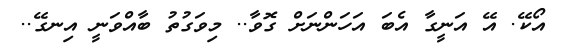
އޯކޭ. އޭ އަނީގާ އެބަ އަހަންނަށް ގޮވާ.. މިވަގުތު ބާއްވަނީ އިނގޭ..